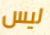
ليس